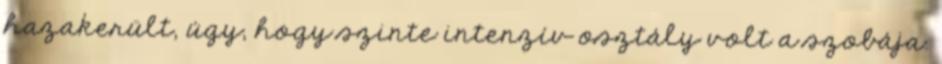
hazakerült, úgy, hogy szinte intenzív osztály volt a szobája.